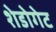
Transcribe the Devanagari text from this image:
शेडोगेट